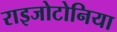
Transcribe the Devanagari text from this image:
राइजोटोनिया